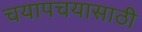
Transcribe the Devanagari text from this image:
चयापचयासाठी